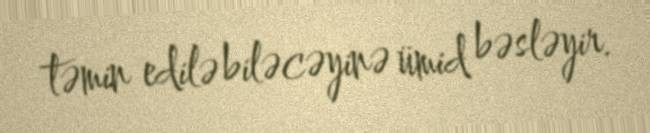
təmin edilə biləcəyinə ümid bəsləyir.